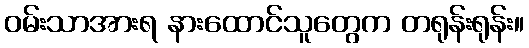
ဝမ်းသာအားရ နားထောင်သူတွေက တရုန်းရုန်း။